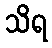
သိရ